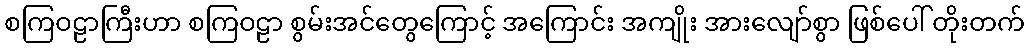
စကြဝဠာကြီးဟာ စကြဝဠာ စွမ်းအင်တွေကြောင့် အကြောင်း အကျိုး အားလျော်စွာ ဖြစ်ပေါ် တိုးတက်